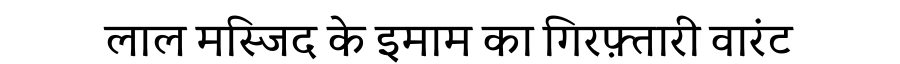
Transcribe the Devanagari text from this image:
लाल मस्जिद के इमाम का गिरफ़्तारी वारंट